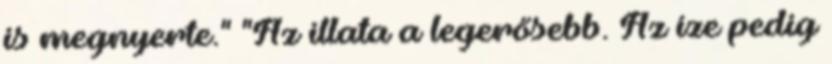
is megnyerte." "Az illata a legerősebb. Az íze pedig